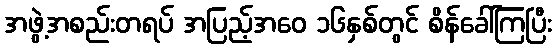
အဖွဲ့အစည်းတရပ် အပြည့်အဝေ ၁၆နှစ်တွင် စိန်ခေါ်ကြပြီး